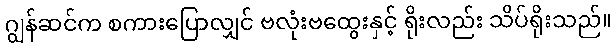
ဂျွန်ဆင်က စကားပြောလျှင် ဗလုံးဗထွေးနှင့် ရိုးလည်း သိပ်ရိုးသည်။